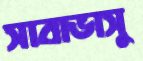
সাবাভাসু